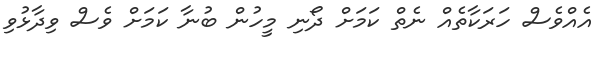
އެއްވެސް ހަރަކާތެއް ނެތް ކަމަށް ދޯނި މީހުން ބުނާ ކަމަށް ވެސް ވިދާޅުވި